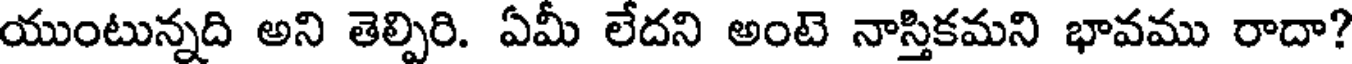
యుంటున్నది అని తెల్పిరి. ఏమీ లేదని అంటె నాస్తికమని భావము రాదా?